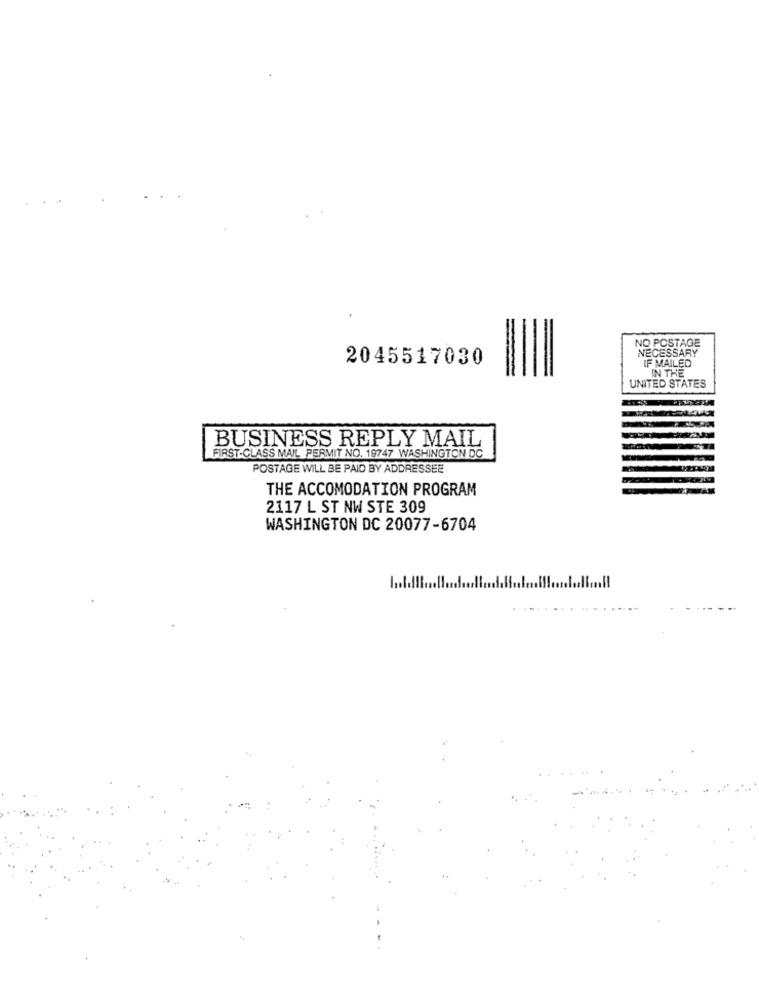
NO POSTAGE
NECESSARY
2045517030
IF MAILED
IN THE
UNITED STATES
BUSINESS REPLY MAIL
FIRST-CLASS MAIL PERMIT NO. 19747 WASHINGTON DC
POSTAGE WILL BE PAID BY ADDRESSEE
THE ACCOMODATION PROGRAM
2117 L ST NW STE 309
WASHINGTON DC 20077-6704
....